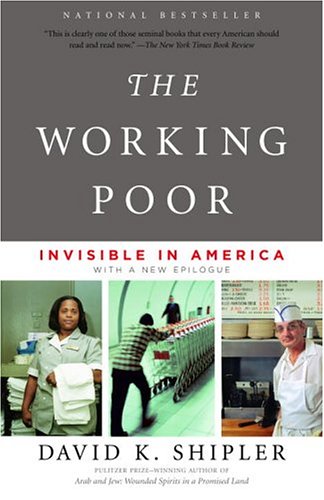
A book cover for The Working Poor: Invisible in America; David K. Shipler; Business & Money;